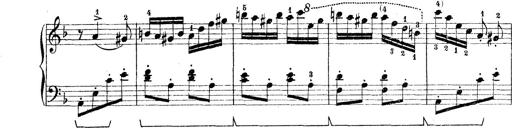
Title: Rapsodie: 19 ungheresi, 1 spagnuola
Composer: Franz Liszt